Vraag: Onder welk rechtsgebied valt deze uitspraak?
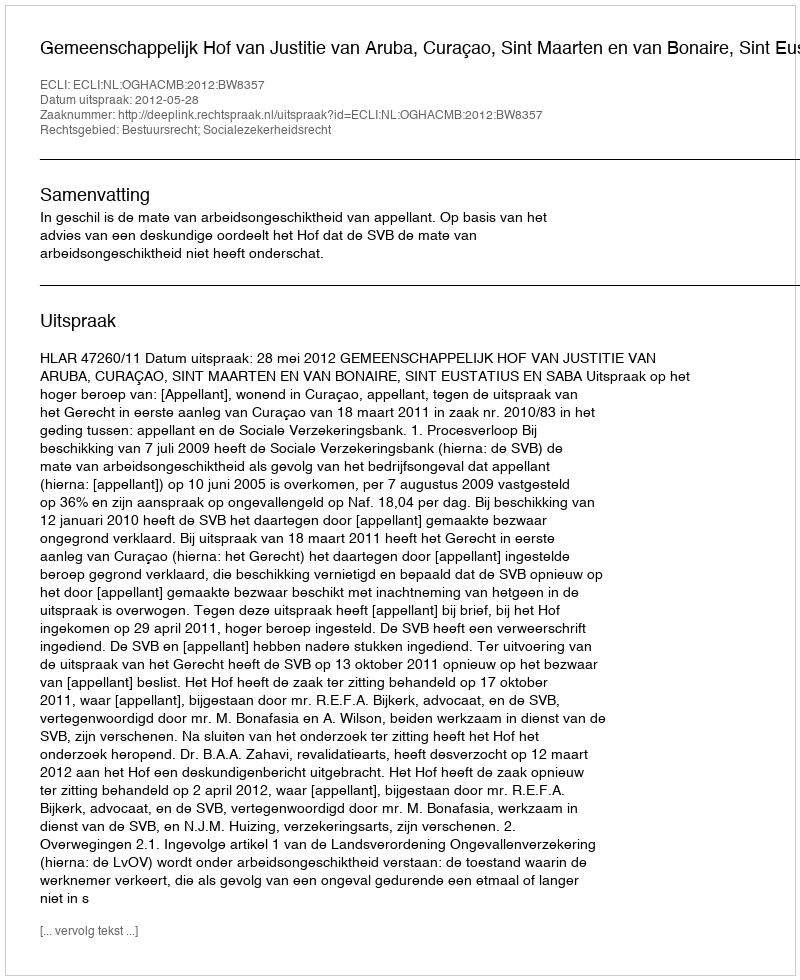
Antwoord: Bestuursrecht; Socialezekerheidsrecht